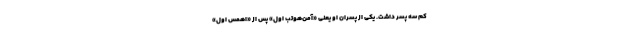
کم سه پسر داشت. یکی از پسران او یعنی «آمن‌هوتب اول» پس از «اهمس اول»